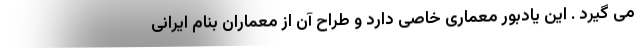
می گیرد . این یادبور معماری خاصی دارد و طراح آن از معماران بنام ایرانی